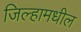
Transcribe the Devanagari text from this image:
जिल्हामधील